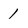
Character: 1